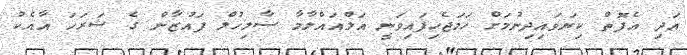
އަދި އެފޮތް ކިޔަވައިދިނުމަށް ހަމަޖެހިފައިވަނީ އަލްއައްލާމާ ސާލިހުލް ފައުޒާން ގެ ޝަރަހަ އާއެކު